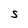
Character: S